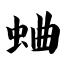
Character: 蛐